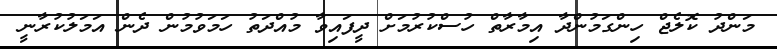
މަންދު ކޮލެޖް ހިންގަމުންދާ އިމާރާތް ހުސްކުރުމަށް ދީފައިވާ މުއްދަތު ހަމަވުމުން ދެން އަމަލުކުރާނީ